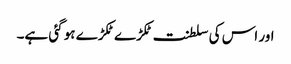
اور اس کی سلطنت ٹکڑے ٹکڑے ہو گئی ہے۔